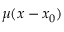
\mu ( x - x _ { 0 } )